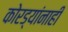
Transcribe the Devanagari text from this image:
कोरड्यांनाही